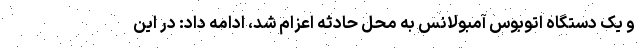
و یک دستگاه اتوبوس آمبولانس به محل حادثه اعزام شد، ادامه داد: در این